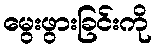
မွေးဖွားခြင်းကို